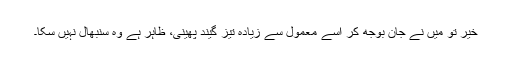
خیر تو میں نے جان بوجھ کر اسے معمول سے زیادہ تیز گیند پھینی، ظاہر ہے وہ سنبھال نہیں سکا۔